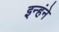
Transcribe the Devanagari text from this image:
इन्हंने